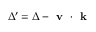
\Delta ^ { \prime } = \Delta - \textbf { v } \cdot { } \textbf { k }